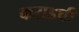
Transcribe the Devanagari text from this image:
कराडची